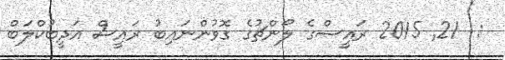
:  21